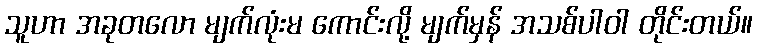
သူဟာ အခုတလော မျက်လုံးမ ကောင်းလို့ မျက်မှန် အသစ်ပါဝါ တိုင်းတယ်။